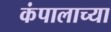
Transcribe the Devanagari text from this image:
कंपालाच्या